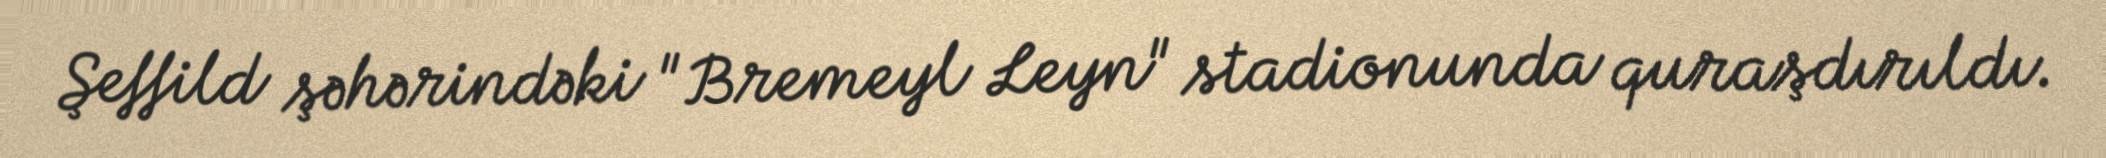
Şeffild şəhərindəki "Bremeyl Leyn" stadionunda quraşdırıldı.